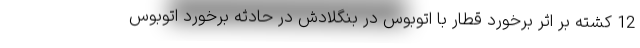
12 کشته بر اثر برخورد قطار با اتوبوس در بنگلادش در حادثه برخورد اتوبوس